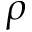
\rho